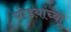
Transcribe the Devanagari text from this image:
घोडय़ांच्या